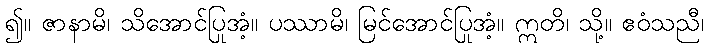
၍။ ဇာနာမိ၊ သိအောင်ပြုအံ့။ ပဿာမိ၊ မြင်အောင်ပြုအံ့။ ဣတိ၊ သို့။ ဧဝံသညီ၊